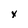
Character: x